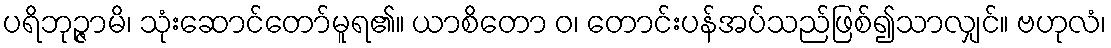
ပရိဘုဉ္ဇာမိ၊ သုံးဆောင်တော်မူရ၏။ ယာစိတော ဝ၊ တောင်းပန်အပ်သည်ဖြစ်၍သာလျှင်။ ဗဟုလံ၊